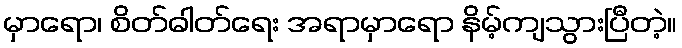
မှာရော၊ စိတ်ဓါတ်ရေး အရာမှာရော နိမ့်ကျသွားပြီတဲ့။